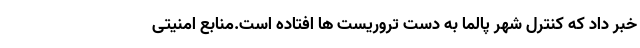
خبر داد که کنترل شهر پالما به دست تروریست ها افتاده است.منابع امنیتی